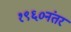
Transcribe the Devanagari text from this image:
१९६०नंतर